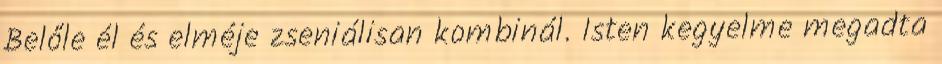
Belőle él és elméje zseniálisan kombinál. Isten kegyelme megadta